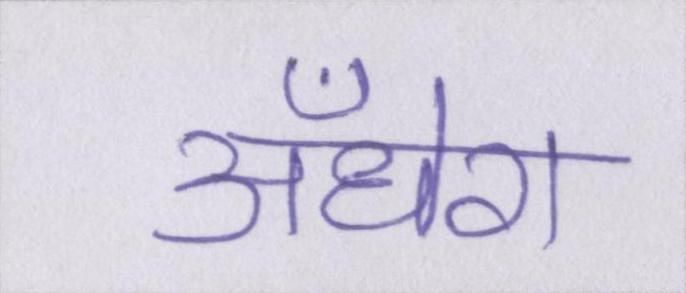
अँधेरा